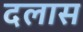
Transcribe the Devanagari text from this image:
दलास